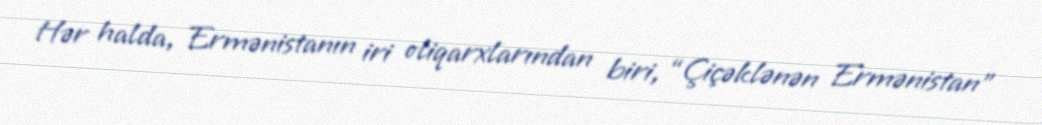
Hər halda, Ermənistanın iri oliqarxlarından biri, “Çiçəklənən Ermənistan”